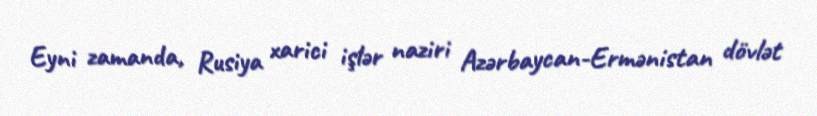
Eyni zamanda, Rusiya xarici işlər naziri Azərbaycan-Ermənistan dövlət